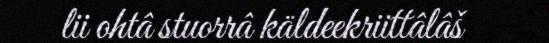
lii ohtâ stuorrâ käldeekriittâlâš